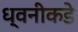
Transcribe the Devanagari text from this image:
ध्वनीकडे